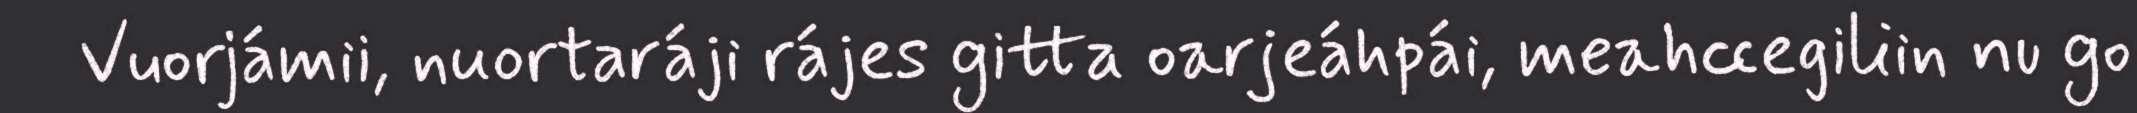
Vuorjámii, nuortaráji rájes gitta oarjeáhpái, meahccegiliin nu go